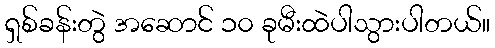
ရှစ်ခန်းတွဲ အဆောင် ၁၀ ခုမီးထဲပါသွားပါတယ်။